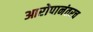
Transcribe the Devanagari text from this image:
आरोपानंतरच